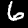
Label: 6